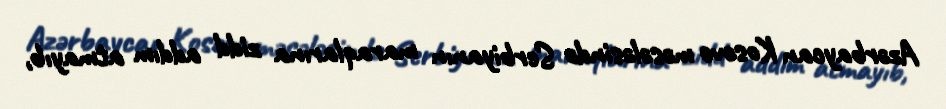
Azərbaycan Kosovo məsələsində Serbiyanın maraqlarına zidd addım atmayıb,